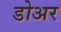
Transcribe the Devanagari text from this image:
डोअर